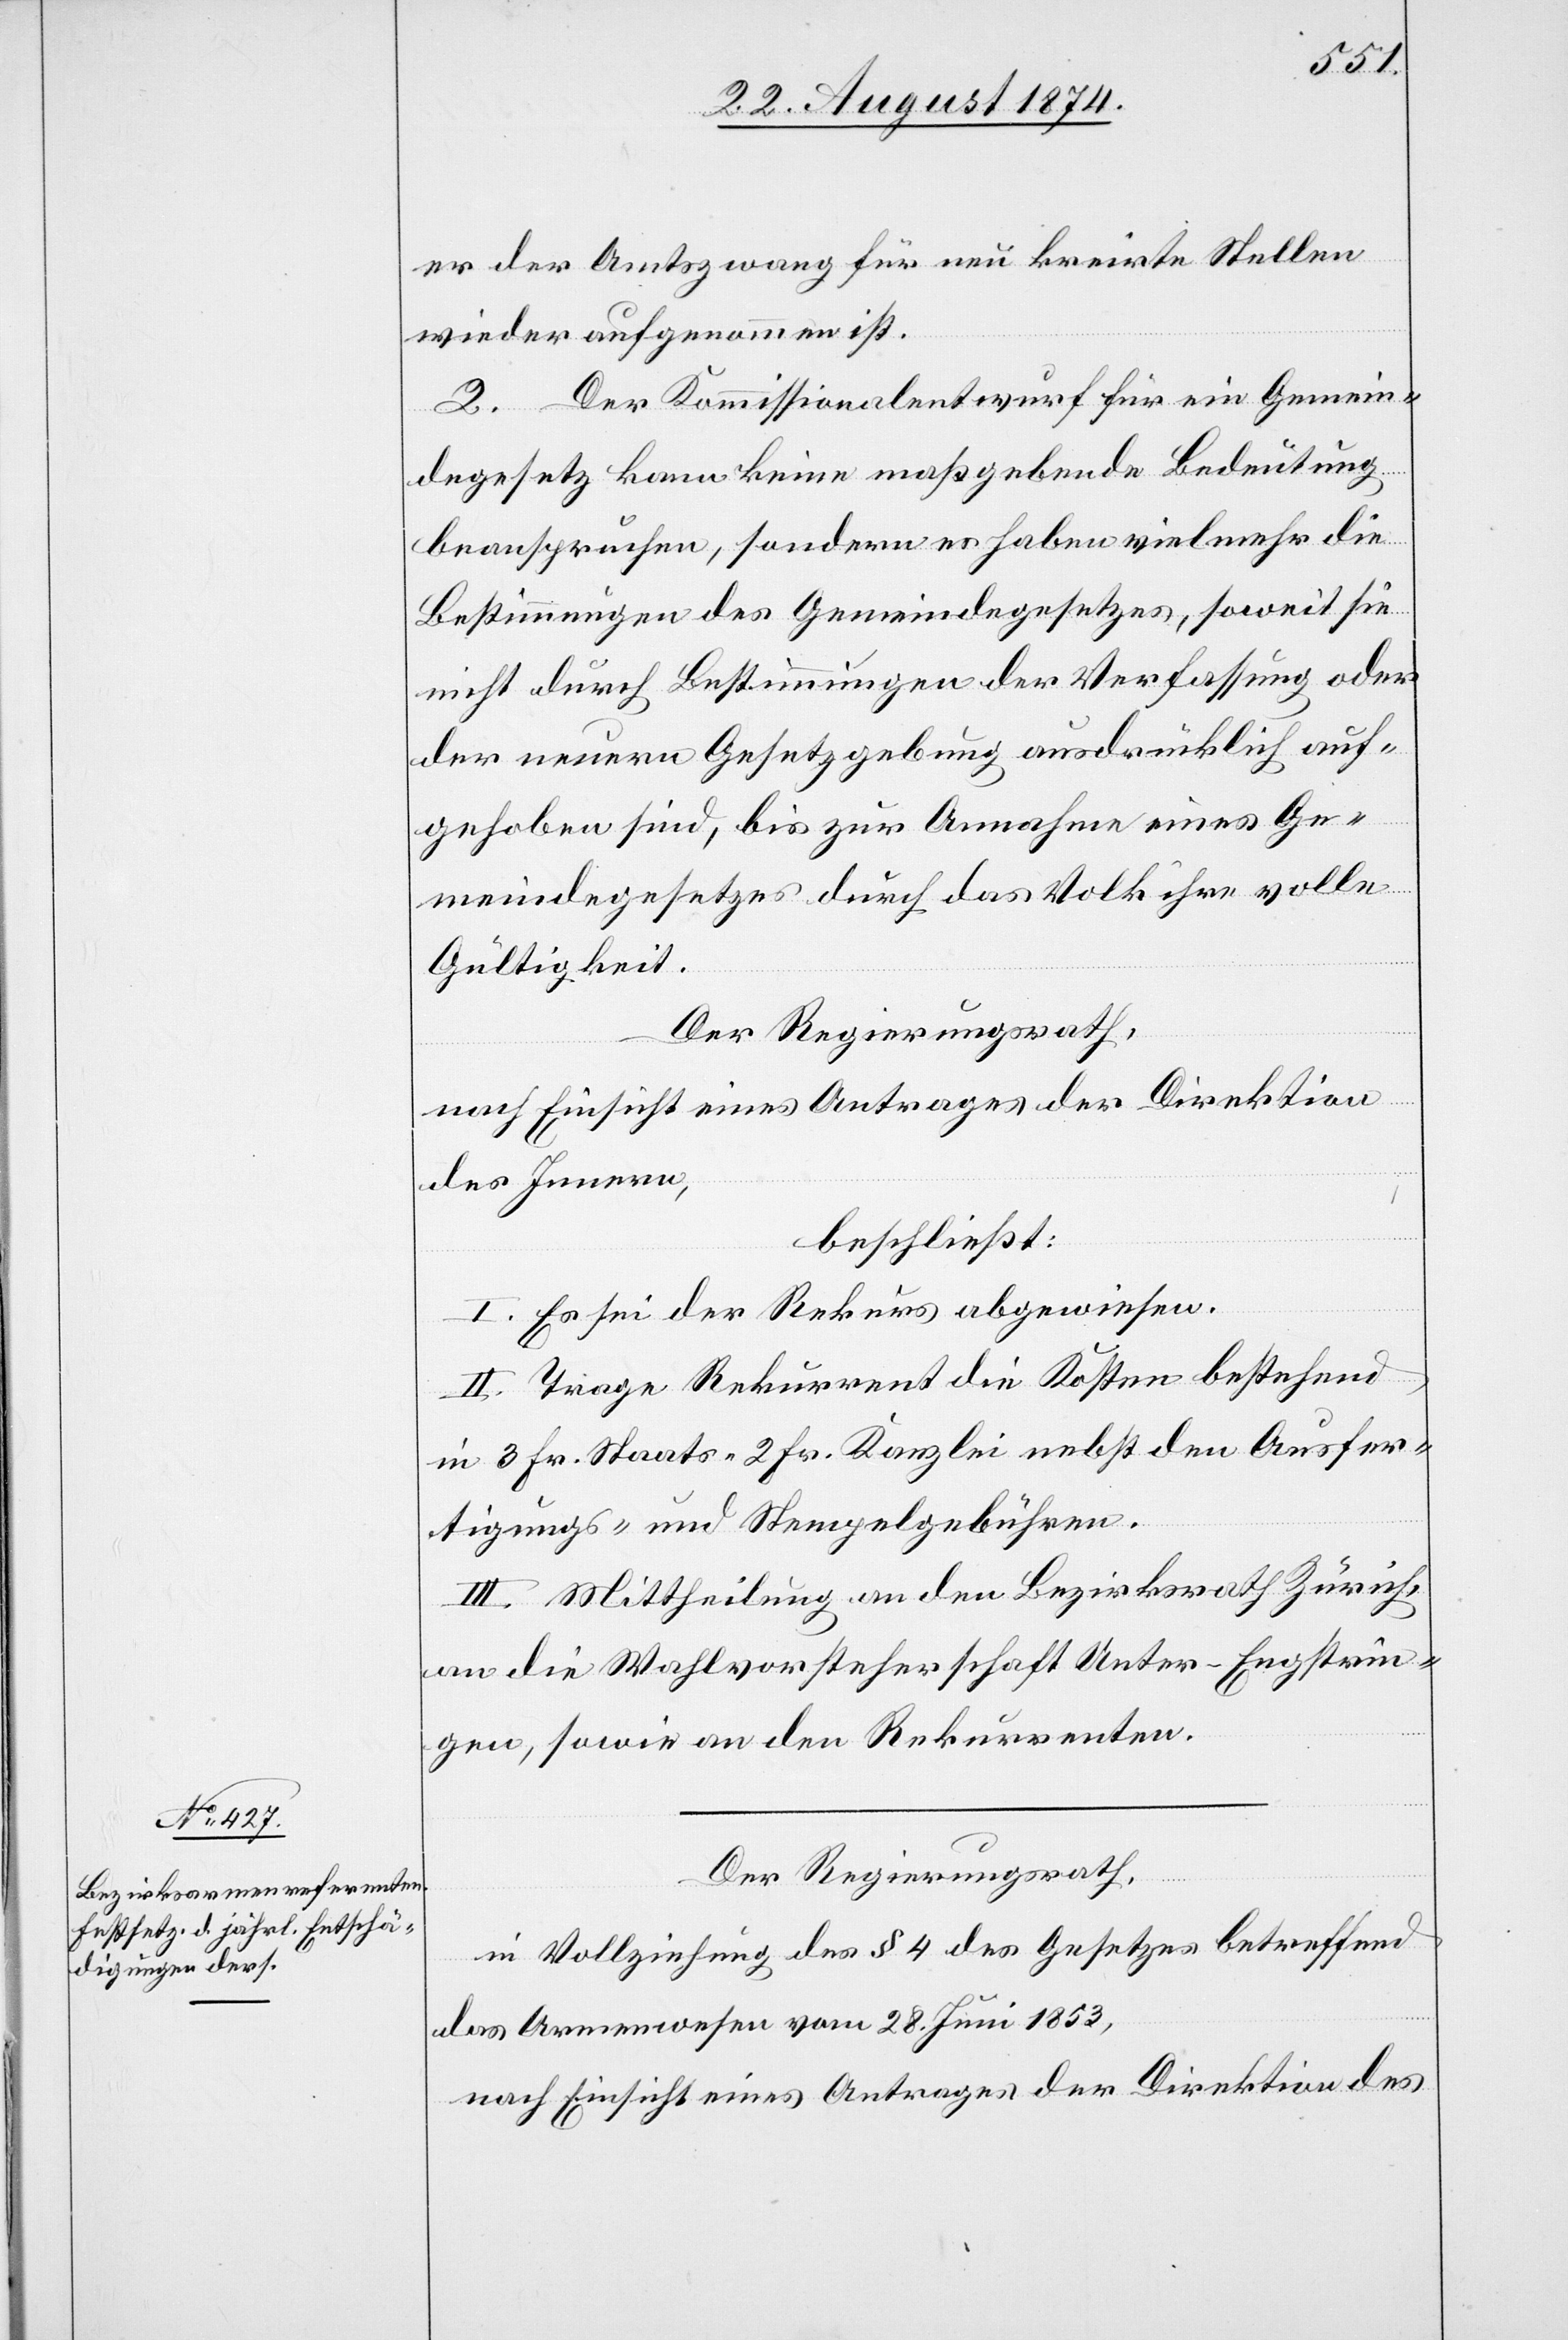
er der Amtszwang für neu kreirte Stellen
wieder aufgenommen ist.
2. Der Kommissionalentwurf für ein Gemein¬
degesetz kann keine maßgebende Bedeutung
beanspruchen, sondern es haben vielmehr die
Bestimmungen des Gemeindegesetzes, sowie sie
nicht durch Bestimmungen der Verfassung oder
der neuern Gesetzgebung ausdrücklich auf¬
gehoben sind, bis zur Annahme eines Ge¬
meindegesetzes durch das Volk ihre volle
Gültigkeit.
Der Regierungsrath,
nach Einsicht eines Antrages der Direktion
des Innern,
beschließt:
I. Es sei der Rekurs abgewiesen.
II. Trage Rekurrent die Kosten bestehend
in 3 Fr. Staats-[,] 2 Fr. Kanzlei[-] nebst den Ausfer¬
tigungs- und Stempelgebühren.
III. Mittheilung an den Bezirksrath Zürich,
an die Wahlvorsteherschaft Unter-Engstrin¬
gen, sowie an den Rekurrenten.
Der Regierungsrath,
in Vollziehung des § 4 des Gesetzes betreffend
das Armenwesen vom 28. Juni 1853,
nach Einsicht eines Antrages der Direktion des